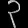
Digit: ၃